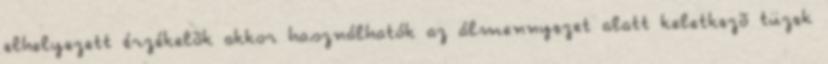
elhelyezett érzékelõk akkor használhatók az álmennyezet alatt keletkezõ tüzek